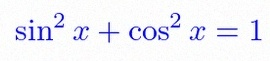
\sin^2x+\cos^2x=1